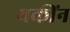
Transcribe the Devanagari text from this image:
यकींन